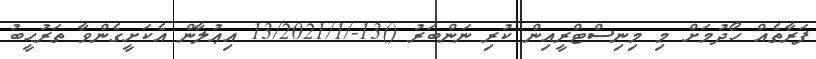
ފަރާތެއް ހޯދުމަށް މި މިނިސްޓްރީއިން ކުރި ނަންބަރު ()13-/13/2021/1 އިޢުލާން އެކަށީގެންވާ ތަރުޙީބު